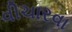
વીચારવા